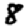
Digit: 8